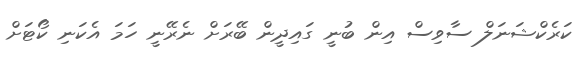
ކަރެކްޝަނަލް ސާވިސް އިން ބުނީ ގައިދީން ބޭރަށް ނެރޭނީ ހަމަ އެކަނި ކޯޓަށް